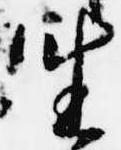
坐